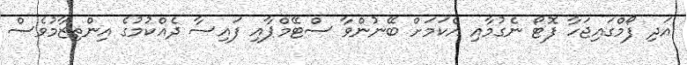
އަދި ފޯމްގައިޖަހާ ފޮޓޯ ނެގުމާއި އެކަމަށް ބޭނުންވާ ސްޓޭމްޕާއި ފައިސާ ދެއްކުމުގެ އިންތިޒާމުވެސް